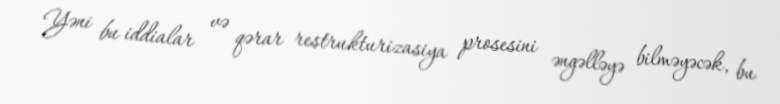
Yəni bu iddialar və qərar restrukturizasiya prosesini əngəlləyə bilməyəcək, bu